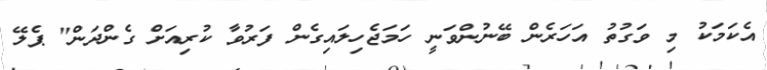
އެކަމަކު މި ވަގުތު އަހަރެން ބޭނުންވަނީ ހަމަޖެހިލައިގެން ފަރުވާ ކުރިއަށް ގެންދަން" ޕެލޭ